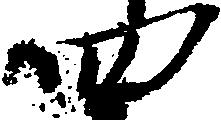
四